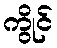
ကွိုင်